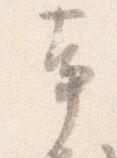
事